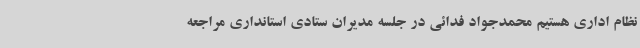
نظام اداری هستیم محمدجواد فدائی در جلسه مدیران ستادی استانداری مراجعه